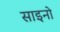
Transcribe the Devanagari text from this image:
साइनो